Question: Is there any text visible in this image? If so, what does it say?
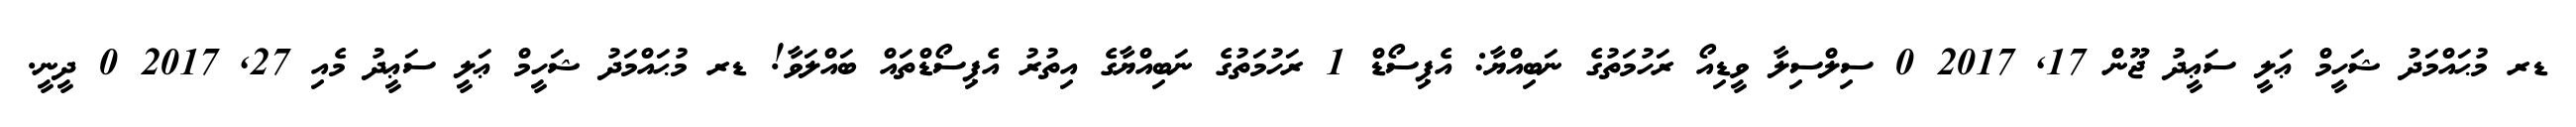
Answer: ޑރ މުޙައްމަދު ޝަހީމް ޢަލީ ސަޢީދު ޖޫން 17, 2017 0 ސިލްސިލާ ވީޑިއޯ ރަހުމަތުގެ ނަބިއްޔާ: އެޕިސޯޑް 1 ރަހުމަތުގެ ނަބިއްޔާގެ އިތުރު އެޕިސޯޑްތައް ބައްލަވާ! ޑރ މުޙައްމަދު ޝަހީމް ޢަލީ ސަޢީދު މެއި 27, 2017 0 ދީނީ.